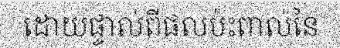
ដោយផ្ទាល់ពីផលប៉ះពាល់នៃ